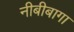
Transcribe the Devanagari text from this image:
नीबीबागा